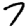
Digit: 7